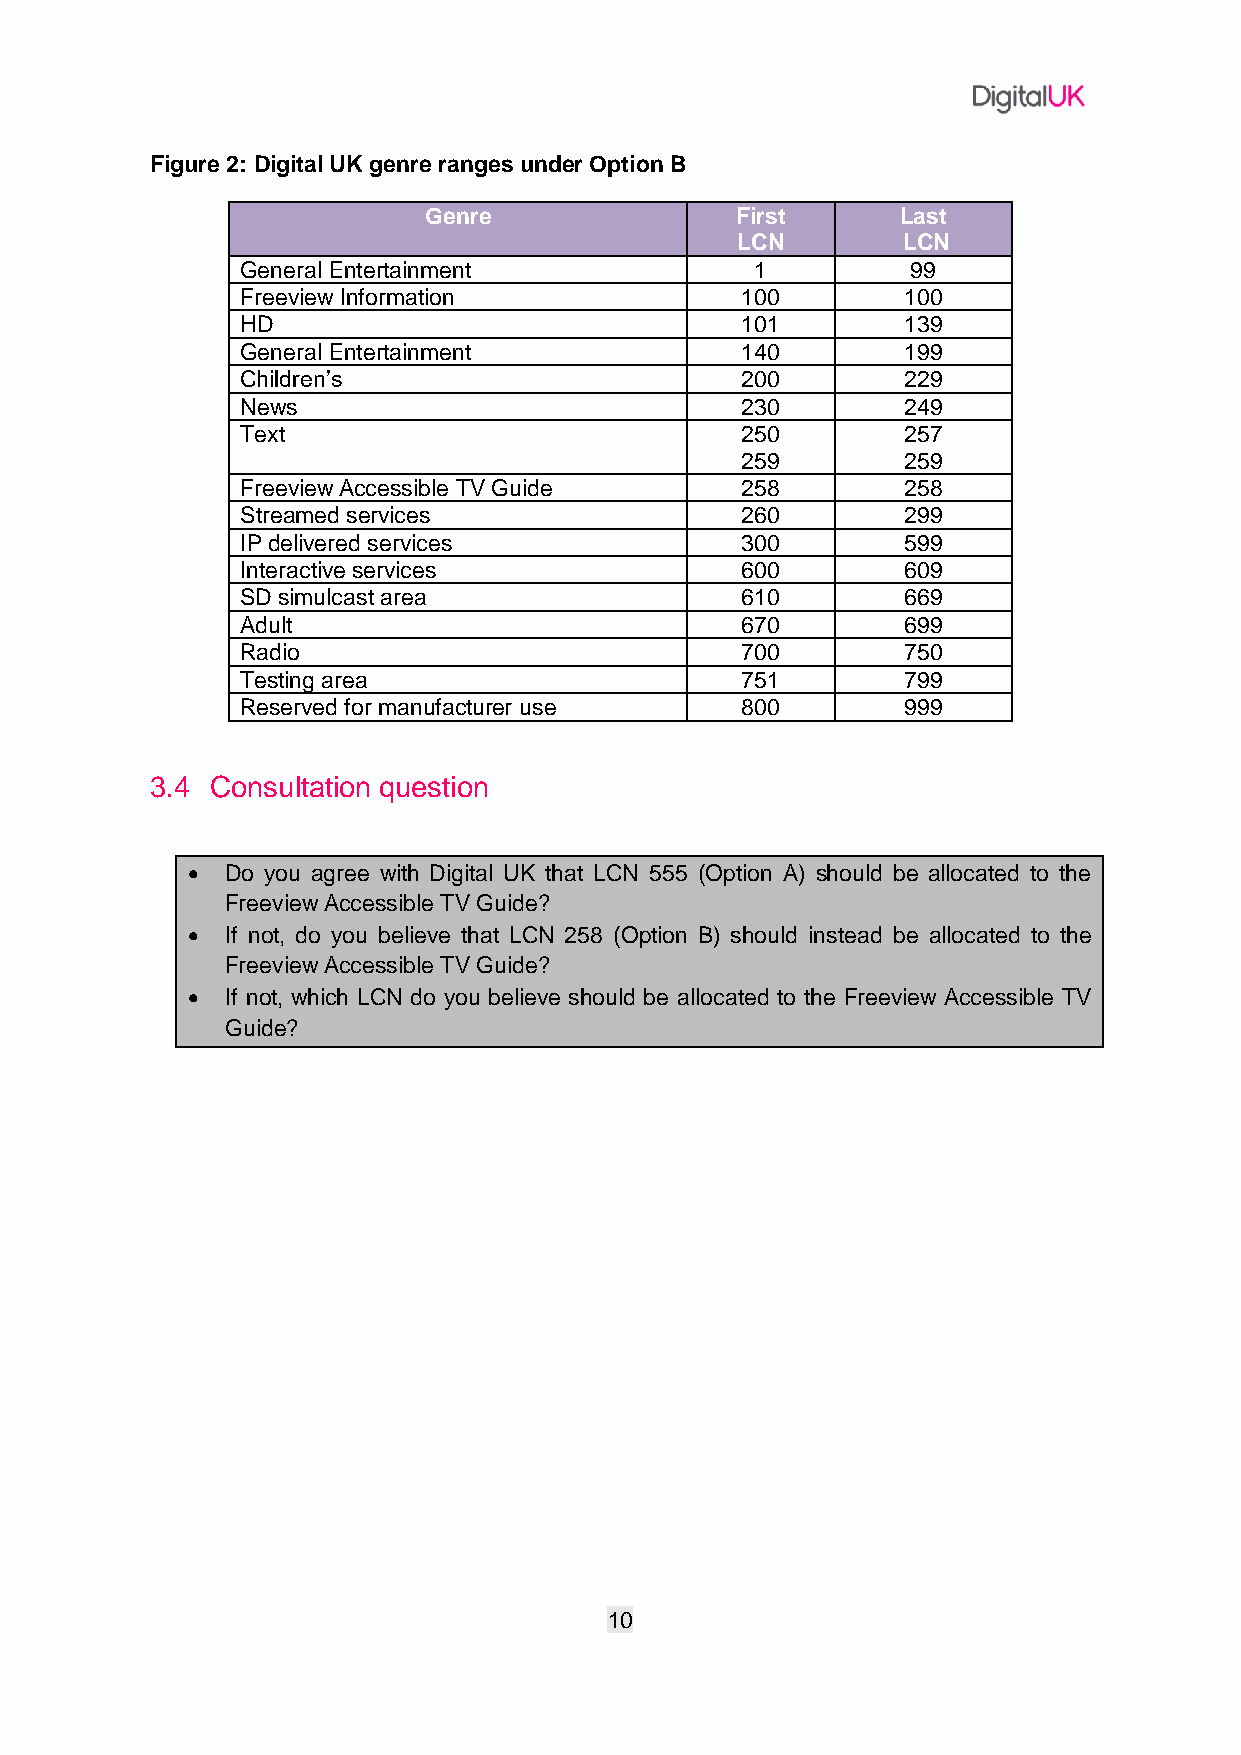
Figure 2: Digital UK genre ranges under Option B
 Genre                First      Last
 LCN        LCN
 General Entertainment             1         99
 Freeview Information             100        100
 HD                               101        139
 General Entertainment            140        199
 Children’s                       200        229
 News                             230        249
 Text                             250        257
 259        259
 Freeview Accessible TV Guide     258        258
 Streamed services                260        299
 IP delivered services            300        599
 Interactive services             600        609
 SD simulcast area                610        669
 Adult                            670        699
 Radio                            700        750
 Testing area                     751        799
 Reserved for manufacturer use    800        999
 3.4 Consultation question
 •  Do you agree with Digital UK that LCN 555 (Option A) should be allocated to the
 Freeview Accessible TV Guide?
 •  If not, do you believe that LCN 258 (Option B) should instead be allocated to the
 Freeview Accessible TV Guide?
 •  If not, which LCN do you believe should be allocated to the Freeview Accessible TV
 Guide?
 10